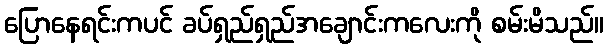
ပြောနေရင်းကပင် ခပ်ရှည်ရှည်အချောင်းကလေးကို စမ်းမိသည်။